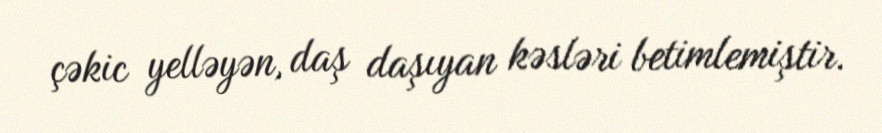
çəkic yelləyən, daş daşıyan kəsləri betimlemiştir.